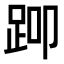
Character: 𬦨